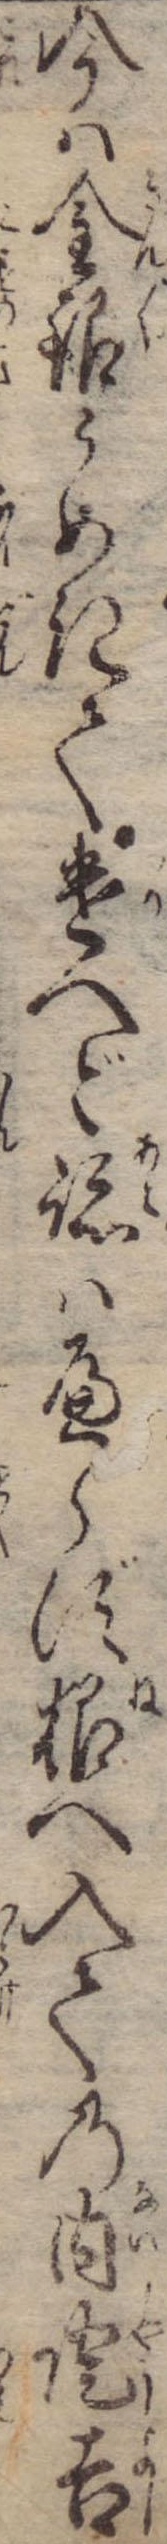
今は金銀うめきて遣へど跡はへらず根へ入ての内証吉